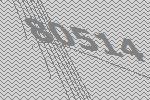
80514